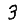
Digit: 3